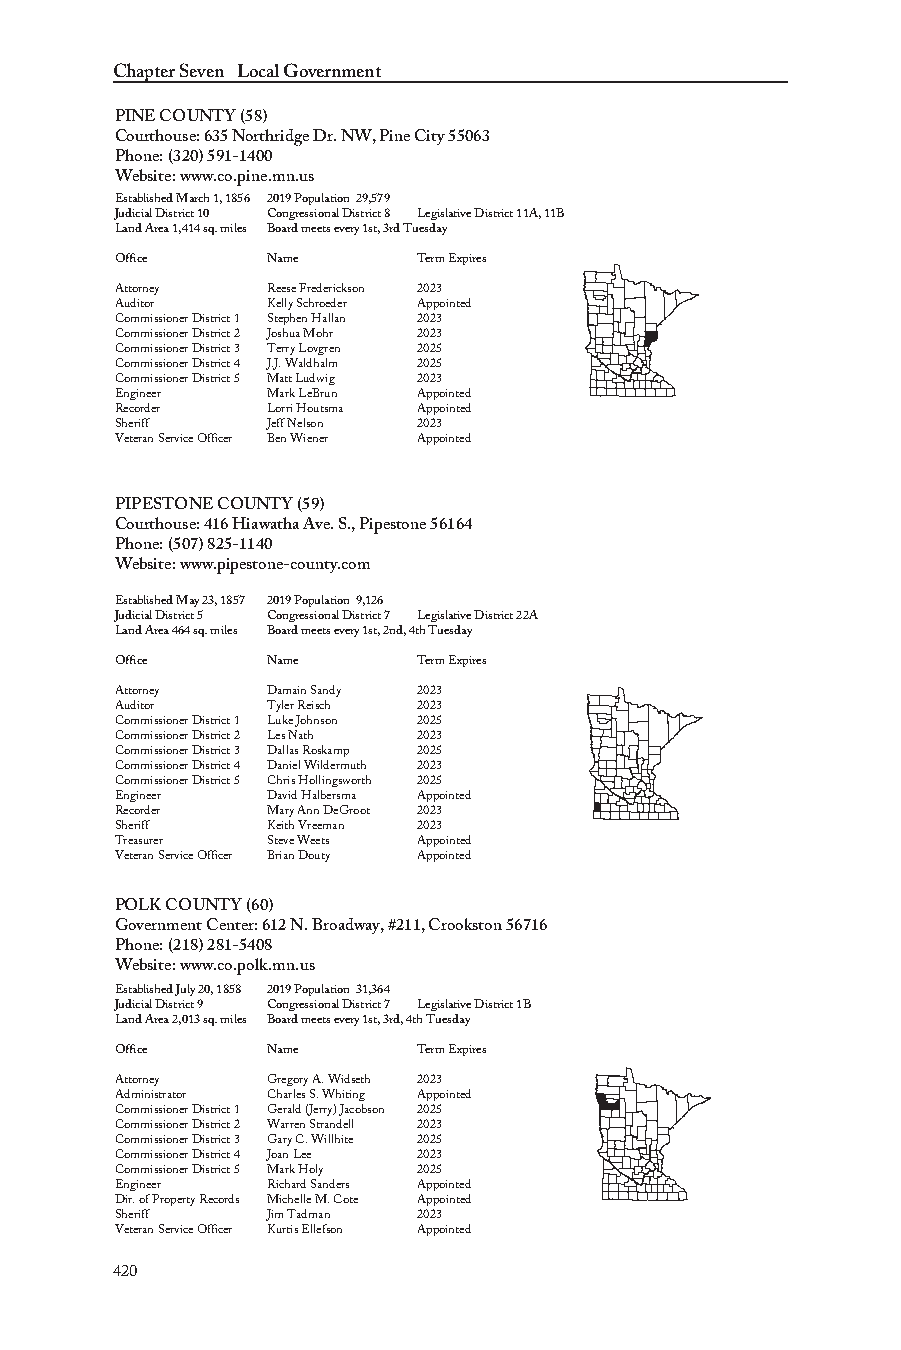
Chapter Seven Local Government
 PINE COUNTY (58)
 Courthouse: 635 Northridge Dr. NW, Pine City 55063
 Phone: (320) 591-1400
 Website: www.co.pine.mn.us
 Established March 1, 1856 2019 Population 29,579
 Judicial District 10 Congressional District 8 Legislative District 11A, 11B
 Land Area 1,414 sq. miles Board meets every 1st, 3rd Tuesday
 Office    Name      Term Expires
 Attorney  Reese Frederickson 2023
 Auditor   Kelly Schroeder Appointed
 Commissioner District 1 Stephen Hallan 2023
 Commissioner District 2 Joshua Mohr 2023
 Commissioner District 3 Terry Lovgren 2025
 Commissioner District 4 J.J. Waldhalm 2025
 Commissioner District 5 Matt Ludwig 2023
 Engineer  Mark LeBrun Appointed
 Recorder  Lorri Houtsma Appointed
 Sheriff   Jeff Nelson 2023
 Veteran Service Officer Ben Wiener Appointed
 PIPESTONE COUNTY (59)
 Courthouse: 416 Hiawatha Ave. S., Pipestone 56164
 Phone: (507) 825-1140
 Website: www.pipestone-county.com
 Established May 23, 1857 2019 Population 9,126
 Judicial District 5 Congressional District 7 Legislative District 22A
 Land Area 464 sq. miles Board meets every 1st, 2nd, 4th Tuesday
 Office    Name      Term Expires
 Attorney  Damain Sandy 2023
 Auditor   Tyler Reisch 2023
 Commissioner District 1 Luke Johnson 2025
 Commissioner District 2 Les Nath 2023
 Commissioner District 3 Dallas Roskamp 2025
 Commissioner District 4 Daniel Wildermuth 2023
 Commissioner District 5 Chris Hollingsworth 2025
 Engineer  David Halbersma Appointed
 Recorder  Mary Ann DeGroot 2023
 Sheriff   Keith Vreeman 2023
 Treasurer Steve Weets Appointed
 Veteran Service Officer Brian Douty Appointed
 POLK COUNTY (60)
 Government Center: 612 N. Broadway, #211, Crookston 56716
 Phone: (218) 281-5408
 Website: www.co.polk.mn.us
 Established July 20, 1858 2019 Population 31,364
 Judicial District 9 Congressional District 7 Legislative District 1B
 Land Area 2,013 sq. miles Board meets every 1st, 3rd, 4th Tuesday
 Office    Name      Term Expires
 Attorney  Gregory A. Widseth 2023
 Administrator Charles S. Whiting Appointed
 Commissioner District 1 Gerald (Jerry) Jacobson 2025
 Commissioner District 2 Warren Strandell 2023
 Commissioner District 3 Gary C. Willhite 2025
 Commissioner District 4 Joan Lee 2023
 Commissioner District 5 Mark Holy 2025
 Engineer  Richard Sanders Appointed
 Dir. of Property Records Michelle M. Cote Appointed
 Sheriff   Jim Tadman 2023
 Veteran Service Officer Kurtis Ellefson Appointed
 420